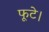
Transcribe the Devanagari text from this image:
फूटे।